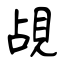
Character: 覘